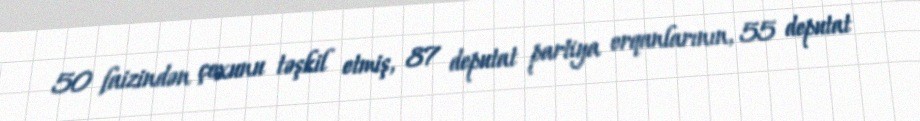
50 faizindən çoxunu təşkil etmiş, 87 deputat partiya orqanlarının, 55 deputat